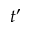
t ^ { \prime }